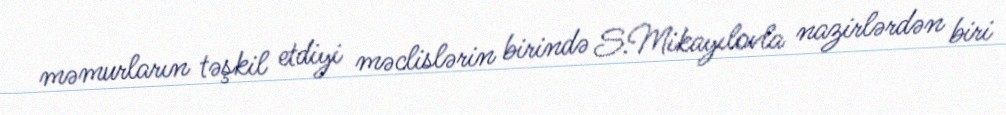
məmurların təşkil etdiyi məclislərin birində S.Mikayılovla nazirlərdən biri